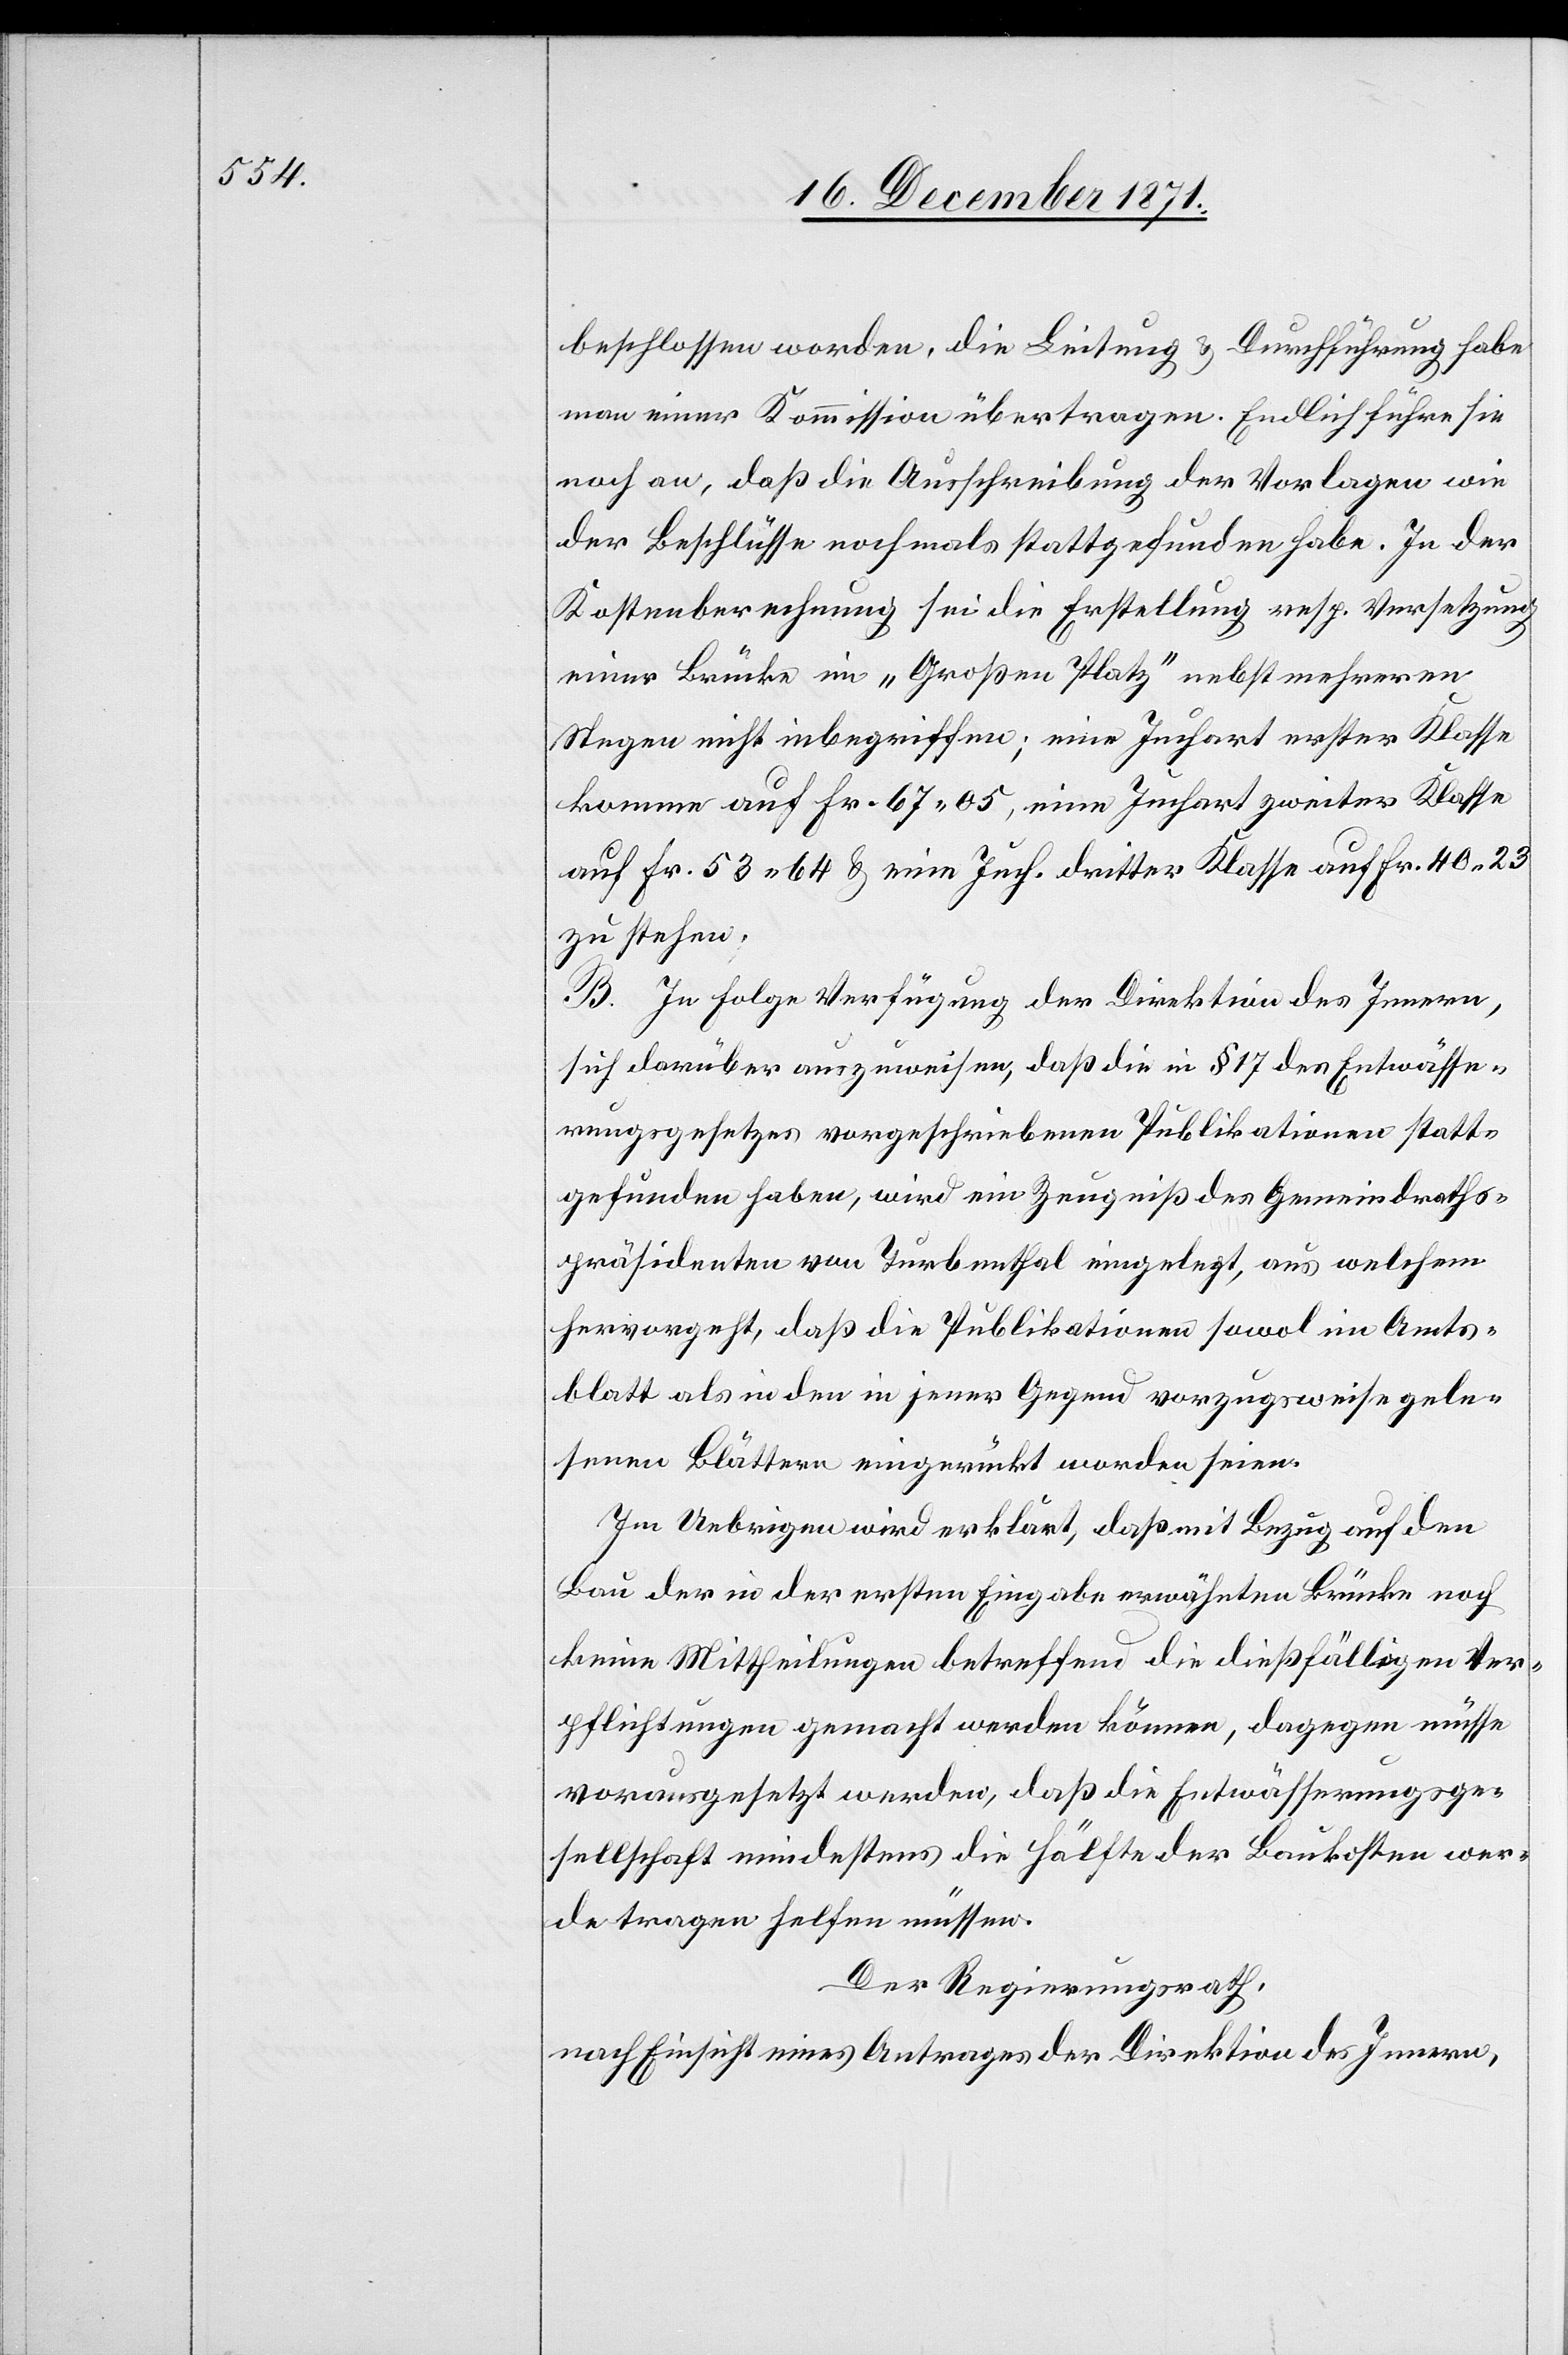
beschlossen worden, die Leitung & Durchführung habe
man einer Kommission übertragen. Endlich führe sie
noch an, daß die Ausschreibung der Vorlagen wie
der Beschlüsse nochmals stattgefunden habe. In der
Kostenberechnung sei die Erstellung resp. Versetzung
einer Brücke im „Großen Platz“ nebst mehreren
Stegen nicht inbegriffen; eine Juchart erster Klasse
komme auf Fr. 67.05, eine Juchart zweiter Klasse
auf Fr. 53.64 & eine Juch. dritter Klasse auf Fr. 40.23
zu stehen.
B. In Folge Verfügung der Direktion des Innern,
sich darüber auszuweisen, daß die in § 17 des Entwässe¬
rungsgesetzes vorgeschriebenen Publikationen statt¬
gefunden haben, wird ein Zeugniß des Gemeindraths¬
präsidenten von Turbenthal eingelegt, aus welchem
hervorgeht, daß die Publikationen sowol im Amts¬
blatt als in den in jener Gegend vorzugsweise gele¬
senen Blättern eingerückt worden seien.
Im Uebrigen wird erklärt, daß mit Bezug auf den
Bau der in der ersten Eingabe erwähnten Brücke noch
keine Mittheilungen betreffend die dießfälligen Ver¬
pflichtungen gemacht werden können, dagegen müsse
vorausgesetzt werden, daß die Entwässerungsge¬
sellschaft mindestens die Hälfte der Baukosten wer¬
de tragen helfen müssen.
Der Regierungsrath,
nach Einsicht eines Antrages der Direktion des Innern,